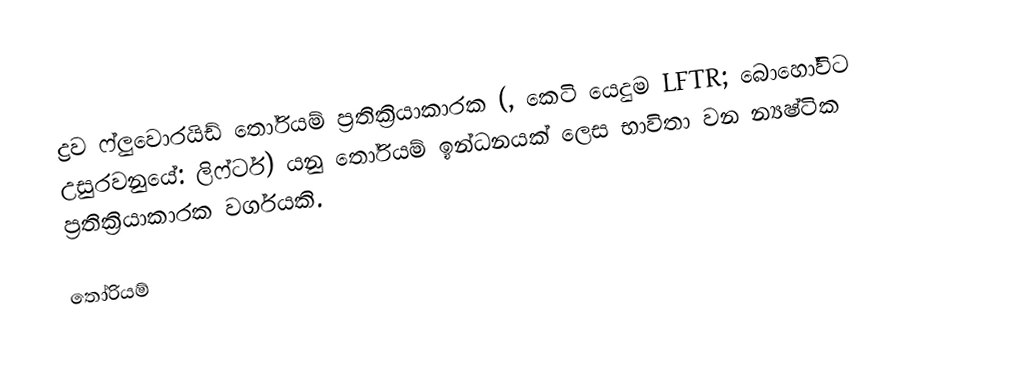
ද්‍රව ෆ්ලුවොරයිඩ් තෝරියම් ප්‍රතික්‍රියාකාරක (, කෙටි යෙදුම LFTR; බොහෝවිට උසුරවනුයේ: ලිෆ්ටර්) යනු තෝරියම් ඉන්ධනයක් ලෙස භාවිතා වන න්‍යෂ්ටික ප්‍රතික්‍රියාකාරක වර්ගයකි.

තෝරියම්